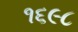
૧૬૯૮